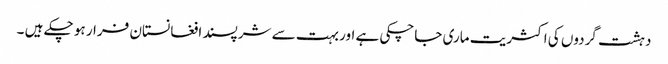
دہشت گردوں کی اکثریت ماری جاچکی ہے اور بہت سے شرپسند افغانستان فرار ہو چکے ہیں ۔